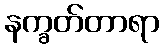
နက္ခတ်တာရာ